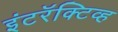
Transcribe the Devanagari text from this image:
इंटरॅक्टिव्ह